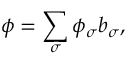
\phi = \sum _ { \sigma } \phi _ { \sigma } b _ { \sigma } ,